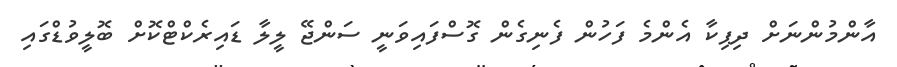
އާންމުންނަށް ދިޕިކާ އެންމެ ފަހުން ފެނިގެން ގޮސްފައިވަނީ ސަންޖޭ ލީލާ ޑައިރެކްޓްކޮށް ބޮލީވުޑްގައި